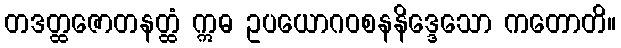
တဒတ္ထဇောတနတ္ထံ ဣဓ ဥပယောဂဝစနနိဒ္ဒေသော ကတောတိ။